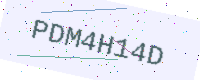
Text: PDM4H14D